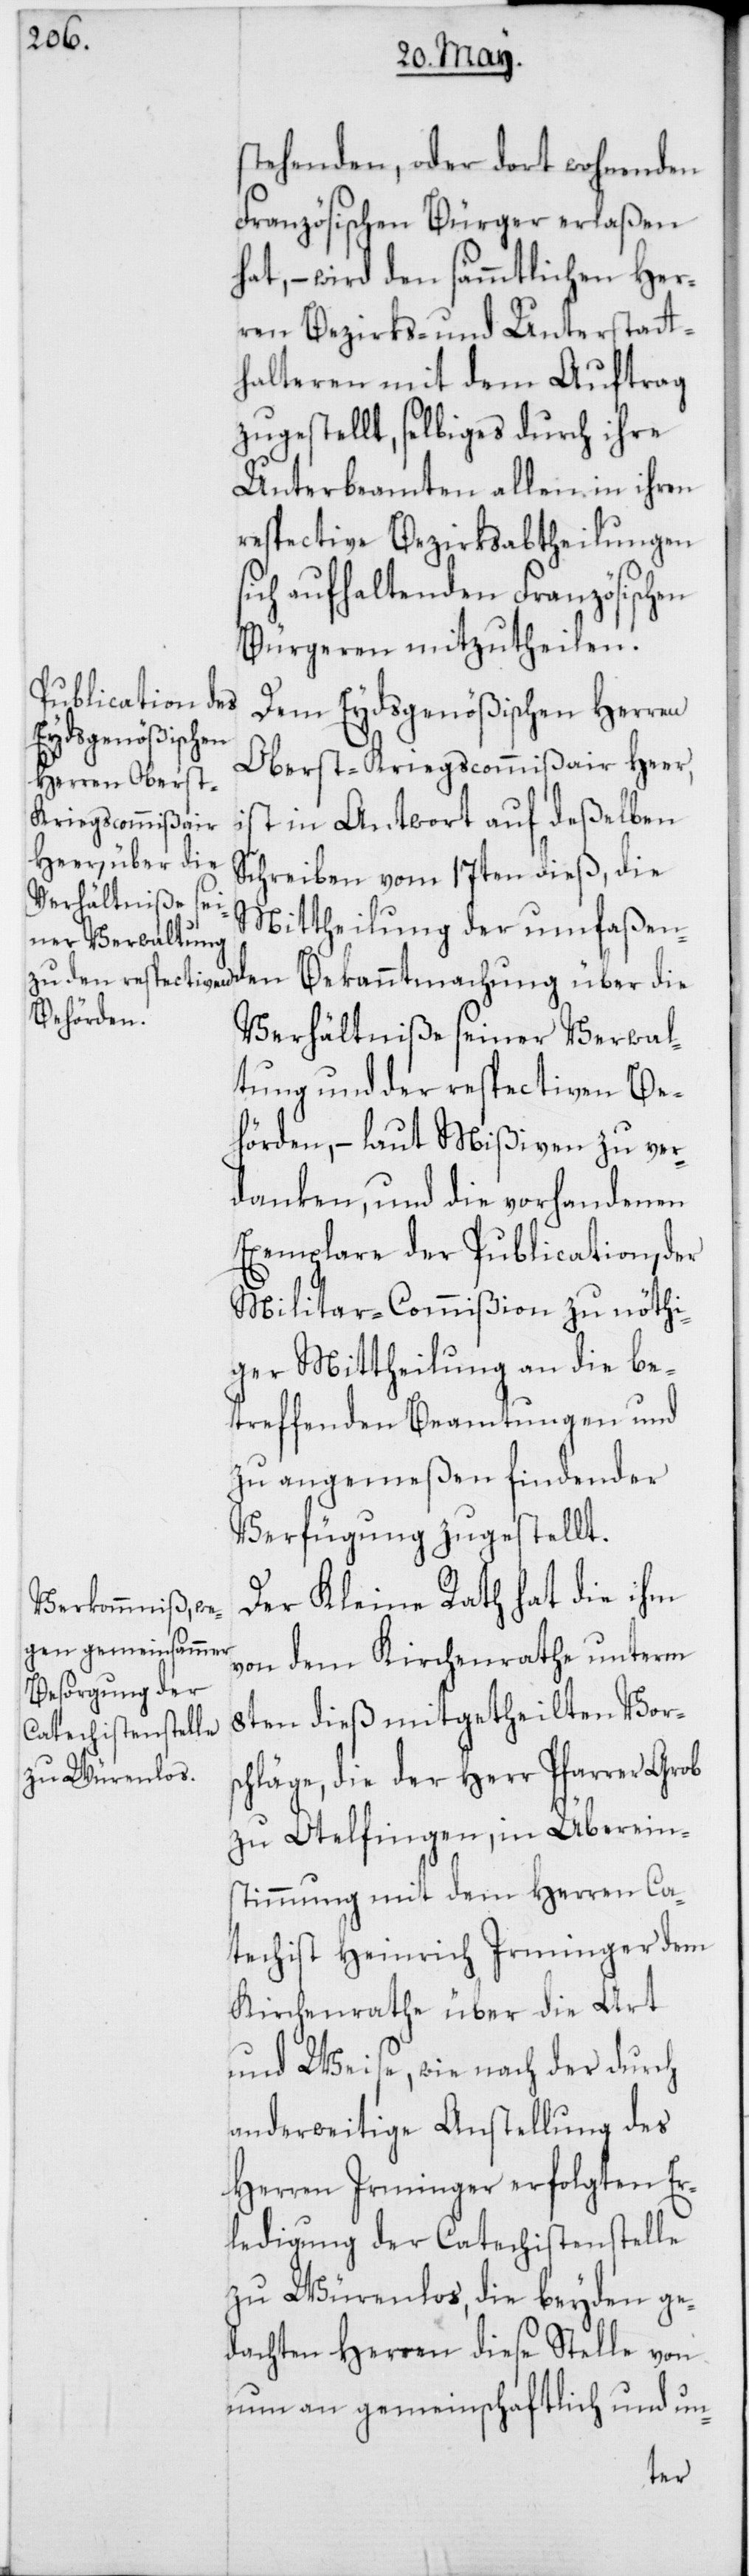
stehenden, oder dort wohnenden
Französischen Bürger erlaßen
hat, – wird den sämmtlichen Her¬
ren Bezirks- und Unterstatt¬
halteren mit dem Auftrag
zugestellt, selbiges durch ihre
Unterbeamten allein, in ihren
respective Bezirksabtheilungen
sich aufhaltenden Französischen
Bürgeren mitzutheilen.
Dem Eydsgenößischen Herren
Oberst-Kriegscommißair Heer,
in Antwort auf deßelben
Schreiben vom 17ten dieß, die
Mittheilung der umfaßen¬
Verhältniße seiner Verwal¬
tung und der respectiven Be¬
hörden, – laut Mißiven zu ver¬
danken, und die vorhandenen
Exemplare der Publication, der
Militar-Commißion zu nöthi¬
ger Mittheilung an die be¬
treffenden Beamtungen und
zu angemeßen findender
Verfügung zugestellt.
Der Kleine Rath hat die ihm
von dem Kirchenrathe unterm
8ten dieß mitgetheilten Vors¬
chläge, die der Herr Pfarrer Grob
zu Otelfingen, in Überein¬
stimmung mit dem Herren Ca¬
techist Heinrich Irminger dem
Kirchenrathe über die Art
und Weise, wie nach der durch
anderweitige Anstellung des
Herren Irminger erfolgten Er¬
ledigung der Catechistenstelle
zu Würenlos, die beyden ge¬
dachten Herren diese Stelle von
nun an gemeinschaftlich und un-
den